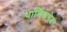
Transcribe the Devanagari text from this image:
धार्मिकनेता